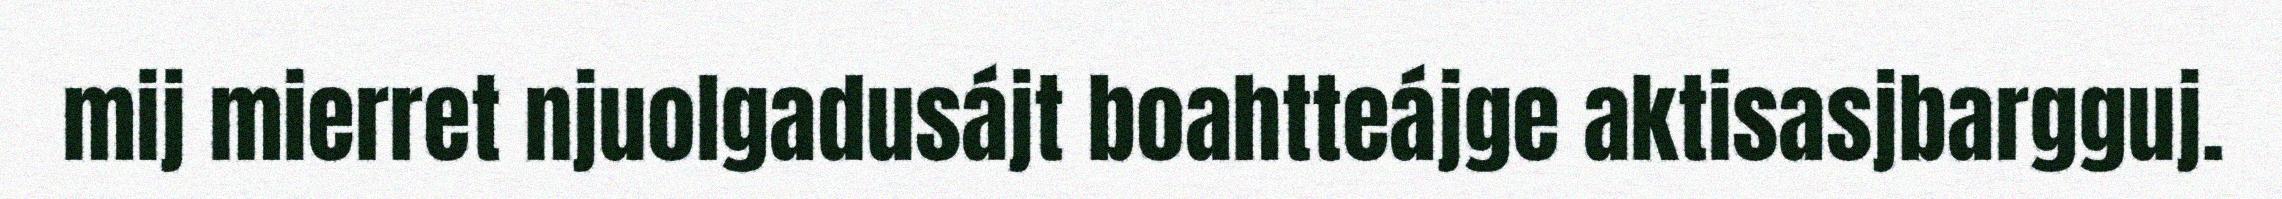
mij mierret njuolgadusájt boahtteájge aktisasjbargguj.